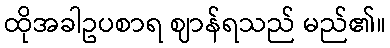
ထိုအခါဥပစာရ ဈာန်ရသည် မည်၏။